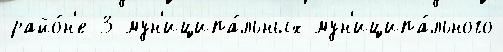
райо́н'е 3 мун'иципа́льных мун'иципа́льного